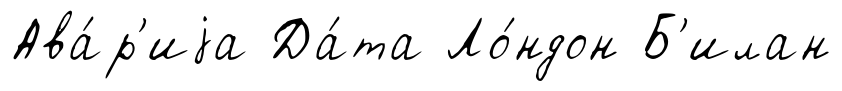
Ава́р'иjа Да́та Ло́ндон Б'илан